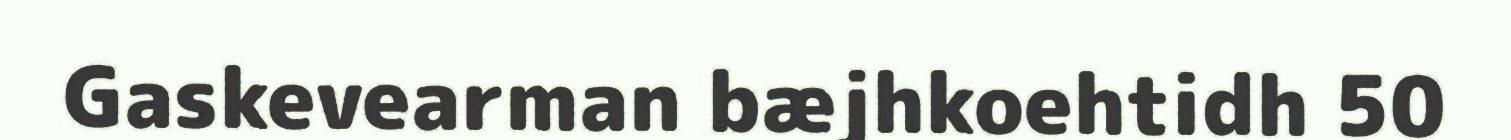
Gaskevearman bæjhkoehtidh 50